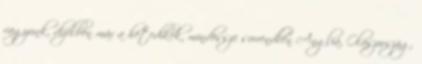
vagyunk, dízelben már a hetedikek, mindössze sorrendben Anglia, Olaszország,